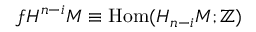
f H ^ { n - i } M \equiv \mathrm { H o m } ( H _ { n - i } M ; \mathbb { Z } )